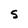
Character: S